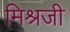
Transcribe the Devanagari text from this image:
मिश्रजी